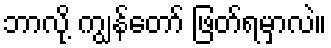
ဘာလို့ ကျွန်တော် ဖြတ်ရမှာလဲ။